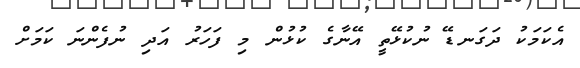
އެކަމަކު ދަގަނޑޭ ނުކުޅޭތީ އޭނާގެ ކުޅުން މި ފަހަރު އަދި ނުފެންނަ ކަމަށް